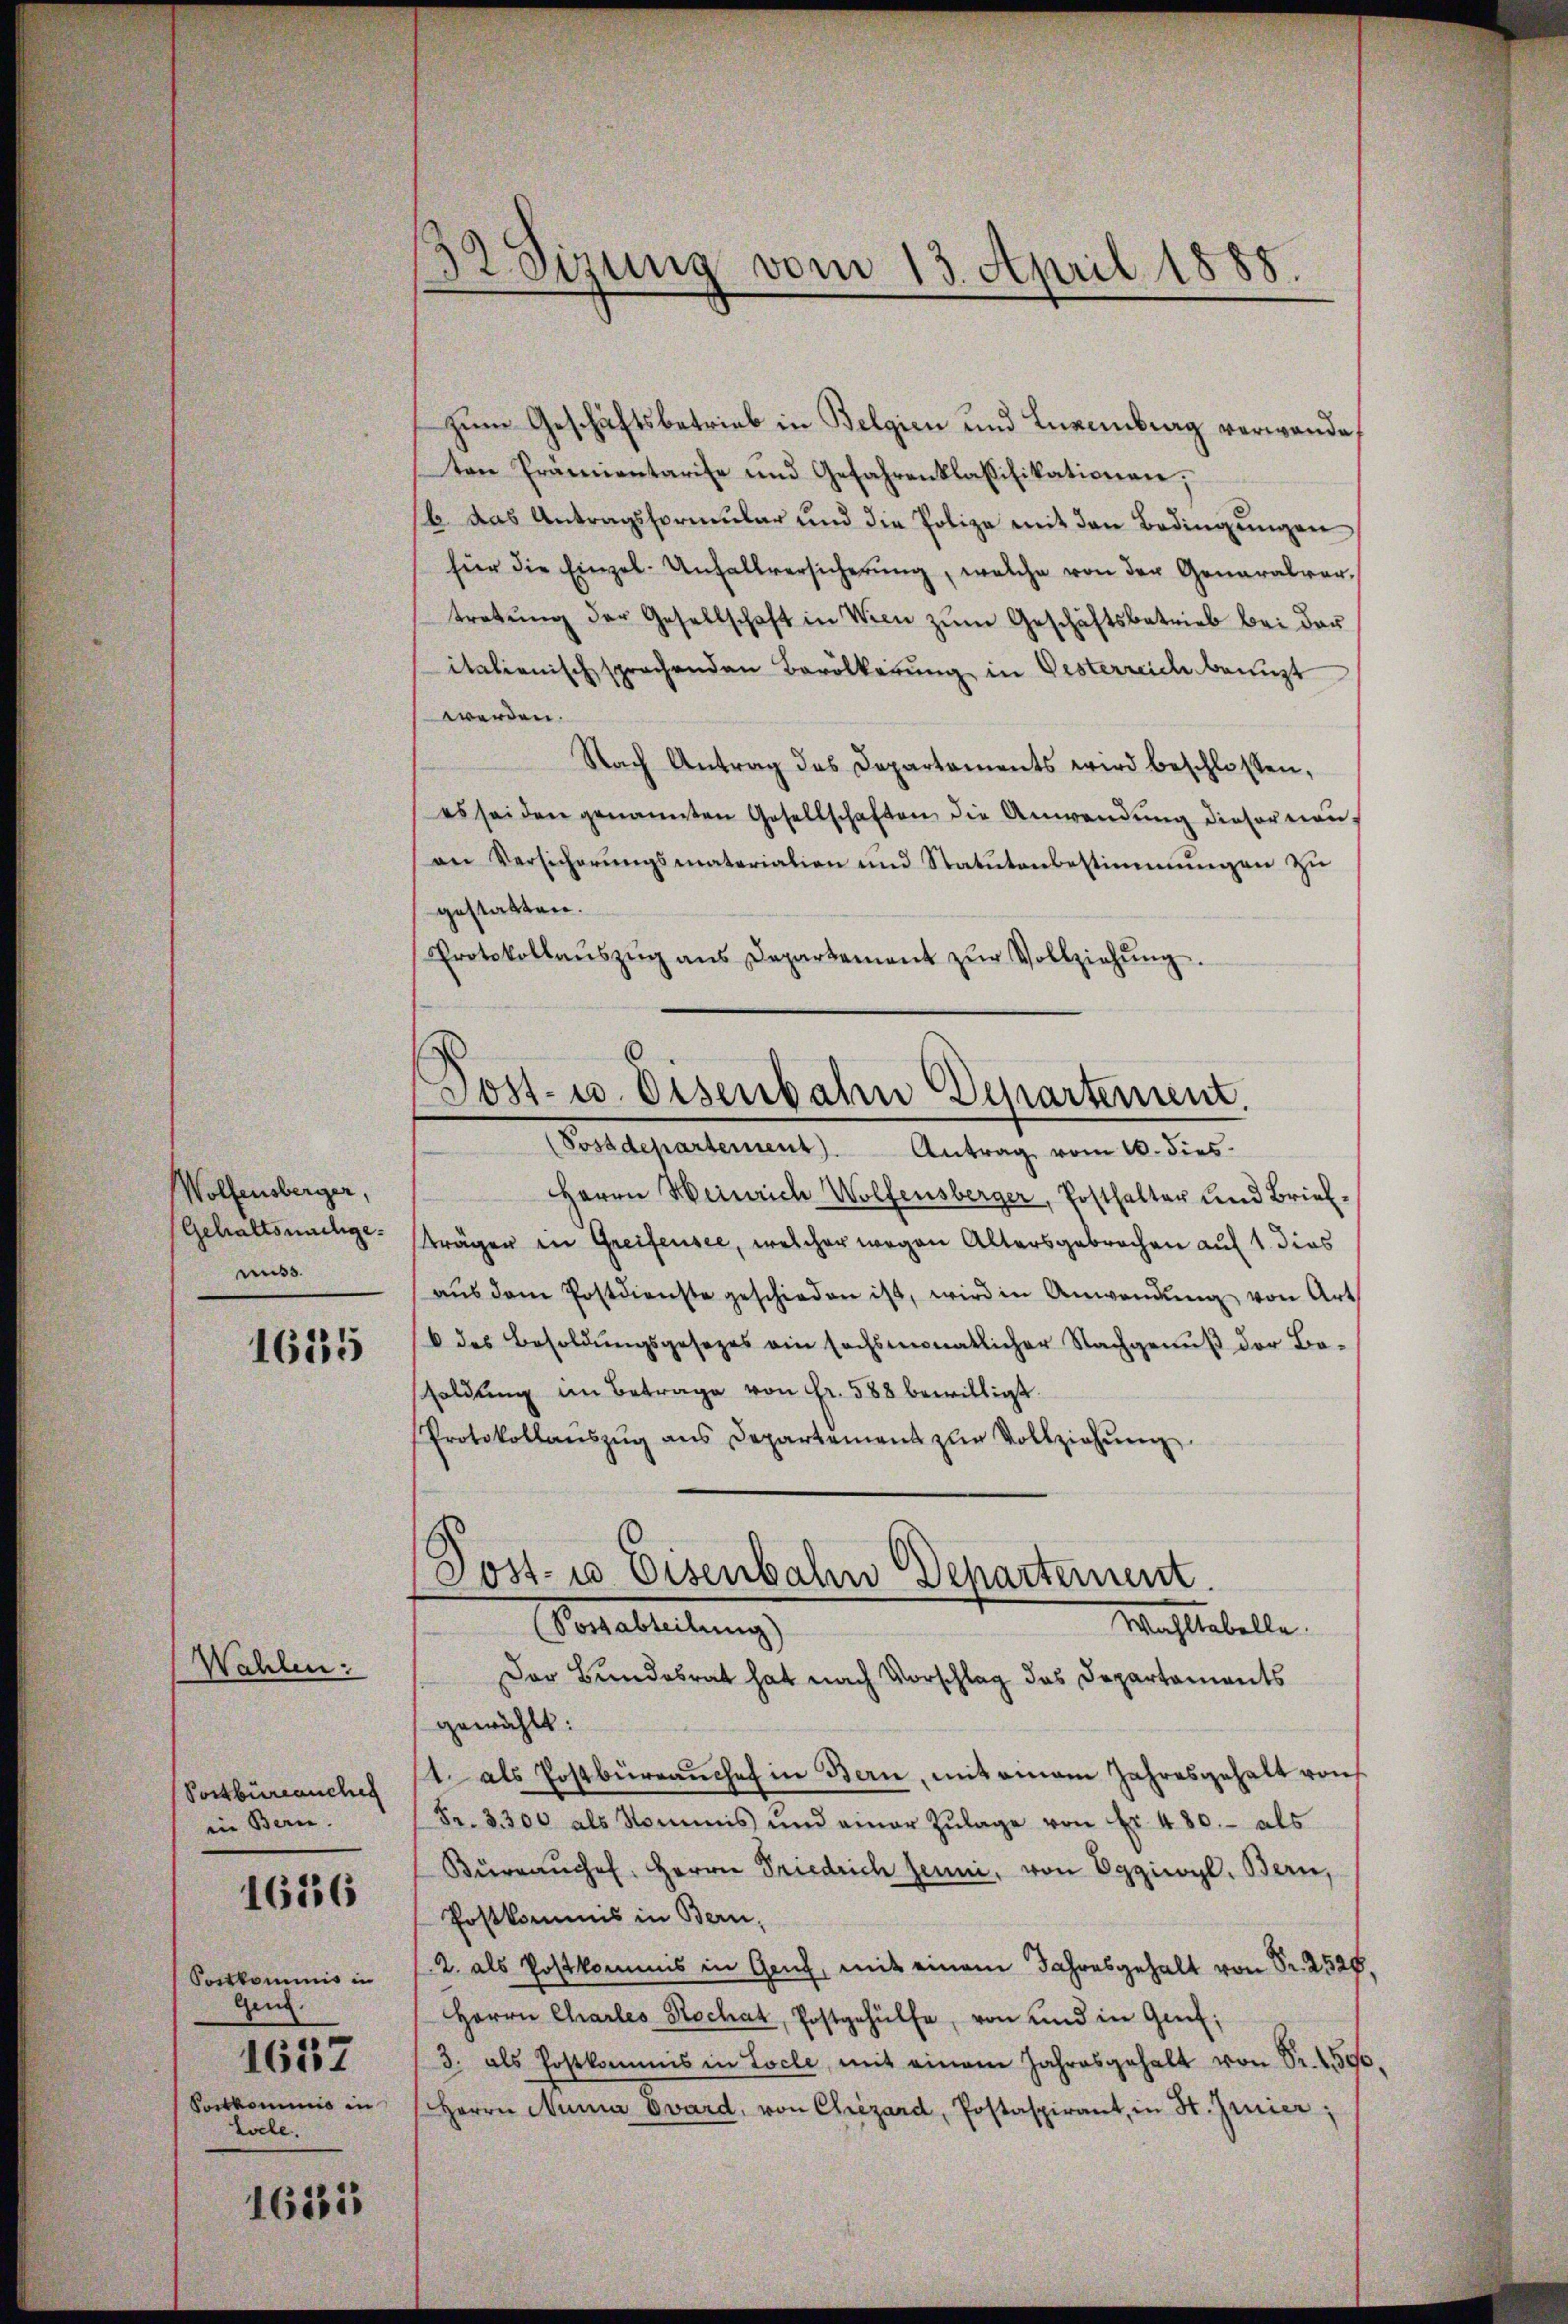
Wolfensberger,
(Gehaltsnachgemuss.

1635

Wahlen:

Postbüreauchen
in Bern.

1656

Postkommnis in
Gen.
1657
Postkommnis in
Loele.

1653

32 Sizung vom 13. April 1888.

zum Geschäftsbetrieb in Belgien und Luxenbrag verwandeten Pranientarise und Gefahrenklassifikationen,
b. das Antragsformular und die Polize mit den Bedingungen
für die Einzel-Unfallversicherŭng, welche von der Generalver-
tretŭng der Gesellschaft in Wien zŭm Geschäftsbetrieb bei der
italienisch sprachenden Bevölkerung in Oesterreich bringt
werden.
Nach Antrag des Departements wird beschlossen,
es sei den genannten Gesellschaften die Anwendŭng dieser von
an Versicherungsmaterialien und Statutenbestimmungen zu
gestatten.
Protokollaŭszŭg ans Departement zŭr Vollziehŭng.

6
Dost- u. Eisenbahn Departement.

(Postdepartement). Antrag vom 16. dies
Herrn Heinrich Wolfensberger, Posthalter und Briefsträgen in Greifensee, welcher wegen Altersgebrochen auf 1. dies
aŭs dem Postdienste geschieden ist, wird in Anwendŭng von Art
6 des Besoldungsgesezes ein sechsmonatlicher Nachgenuß der Be-
shaldŭng im Betrage von Fr. 588 bewilligt.
Protokollanszŭg ans Departement zŭr Vollziehŭng

Post- u Eisenbahn Departement.
Wahltabelle.
(Possabteilung)

Der Bundesrat hat nach Vorschlag das Departements
gewählt:
t. als Postbürrauches in Bern, mit einem Jahresgehalt von
Fr. 3300 als Kommis und einer Zŭlage von Fr. 480.- als
Bürrauchel. Herrn Friedrich Jenni, von Eggiwyl, Bern,
Postkommis in Bern,
2. als Postkommis in Genf, mit einem Jahresgehalt von Sr. 2526,
Herrn Chartes Hochat, Postgehülfe, von und in Genf;
3. als Postkommis in Locle, mit einem Jahresgehalt von Sr. 2500.
Herrn Munia Ovard, von Chrizard, Postaspirant, in St. Jenier,